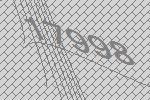
17998